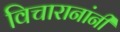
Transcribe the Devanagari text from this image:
विचारानांनी